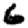
Digit: 6